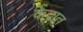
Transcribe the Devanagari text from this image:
केद्रात